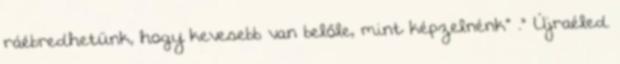
ráébredhetünk, hogy kevesebb van belőle, mint képzelnénk” ." Újraéled